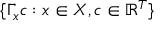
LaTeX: \{ \Gamma _ { x } c : x \in X , c \in \mathbb { R } ^ { T } \}